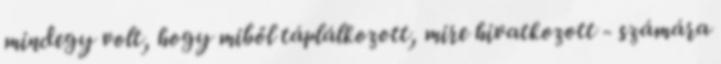
mindegy volt, hogy miből táplálkozott, mire hivatkozott - számára